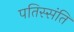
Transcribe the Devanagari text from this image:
पतिस्संति